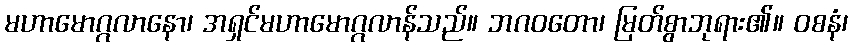
မဟာမောဂ္ဂလာနော၊ အရှင်မဟာမောဂ္ဂလာန်သည်။ ဘဂဝတော၊ မြတ်စွာဘုရား၏။ ဝစနံ၊